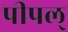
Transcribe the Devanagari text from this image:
पीपल्